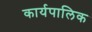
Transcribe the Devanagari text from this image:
कार्यपालिक